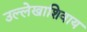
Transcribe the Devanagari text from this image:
उल्लेखाशिवाय